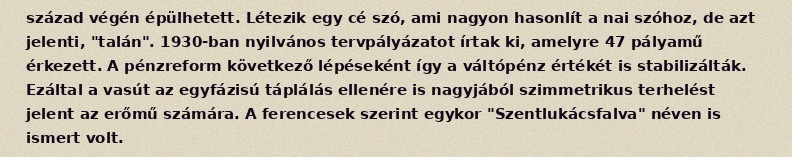
század végén épülhetett. Létezik egy cé szó, ami nagyon hasonlít a nai szóhoz, de azt jelenti, "talán". 1930-ban nyilvános tervpályázatot írtak ki, amelyre 47 pályamű érkezett. A pénzreform következő lépéseként így a váltópénz értékét is stabilizálták. Ezáltal a vasút az egyfázisú táplálás ellenére is nagyjából szimmetrikus terhelést jelent az erőmű számára. A ferencesek szerint egykor "Szentlukácsfalva" néven is ismert volt.